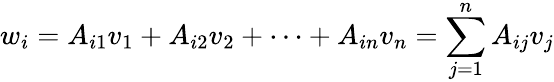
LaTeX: w_{i}=A_{i1}v_{1}+A_{i2}v_{2}+\cdots+A_{in}v_{n}=\sum_{j=1}^{n}A_{ij}v_{j}